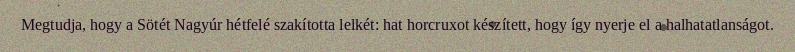
Megtudja, hogy a Sötét Nagyúr hétfelé szakította lelkét: hat horcruxot készített, hogy így nyerje el a halhatatlanságot.